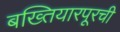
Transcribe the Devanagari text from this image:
बख्तियारपूरची